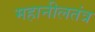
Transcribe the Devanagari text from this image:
महानीलतंत्र